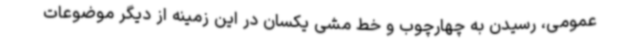
عمومی، رسیدن به چهارچوب و خط مشی یکسان در این زمینه از دیگر موضوعات